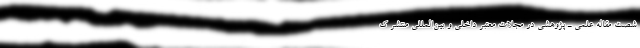
شصت مقاله علمی ـ پژوهشی در مجلات معتبر داخلی و بین‌المللی منتشر ک